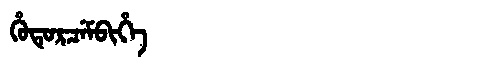
Manchu: ᡥᡠᡨᡠᡵᠴᡝᠮᠪᡳᡥᡝ
Romanization: HUTURCEMBIHE